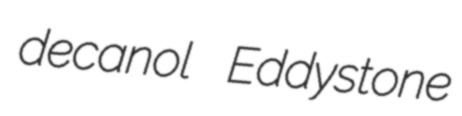
decanol Eddystone